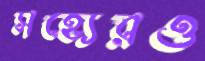
সহ্যেরও